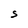
Character: S